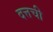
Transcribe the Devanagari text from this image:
दत्तची